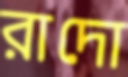
রাদো